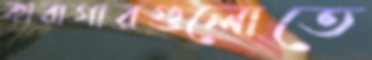
কারাগারগুলোতে